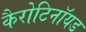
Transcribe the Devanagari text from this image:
कैरोटिनॉयड